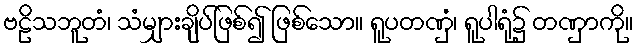
ဗဠိသဘူတံ၊ သံမျှားချိပ်ဖြစ်၍ ဖြစ်သော။ ရူပတဏှံ၊ ရူပါရုံ၌ တဏှာကို။